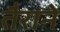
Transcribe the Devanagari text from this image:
तैराने